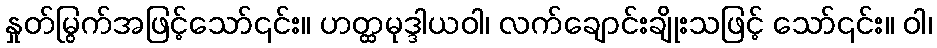
နှုတ်မြွက်အဖြင့်သော်၎င်း။ ဟတ္ထမုဒ္ဒါယဝါ၊ လက်ချောင်းချိုးသဖြင့် သော်၎င်း။ ဝါ၊